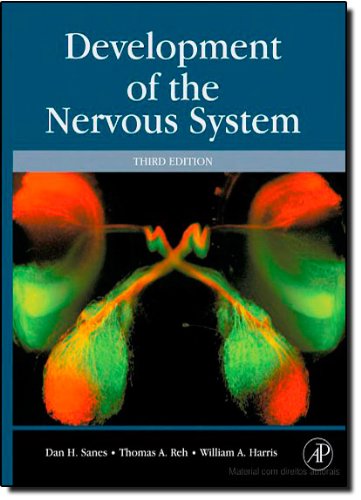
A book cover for Development of the Nervous System, Third Edition; Dan H. Sanes; Medical Books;